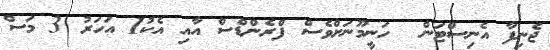
ޖެނިފާ އެނިސްޓަން  ހަނީމޫނަށްވެސް ފްރެންޑްސް އާއި އެކު1 އަހަރު 3 މަސް